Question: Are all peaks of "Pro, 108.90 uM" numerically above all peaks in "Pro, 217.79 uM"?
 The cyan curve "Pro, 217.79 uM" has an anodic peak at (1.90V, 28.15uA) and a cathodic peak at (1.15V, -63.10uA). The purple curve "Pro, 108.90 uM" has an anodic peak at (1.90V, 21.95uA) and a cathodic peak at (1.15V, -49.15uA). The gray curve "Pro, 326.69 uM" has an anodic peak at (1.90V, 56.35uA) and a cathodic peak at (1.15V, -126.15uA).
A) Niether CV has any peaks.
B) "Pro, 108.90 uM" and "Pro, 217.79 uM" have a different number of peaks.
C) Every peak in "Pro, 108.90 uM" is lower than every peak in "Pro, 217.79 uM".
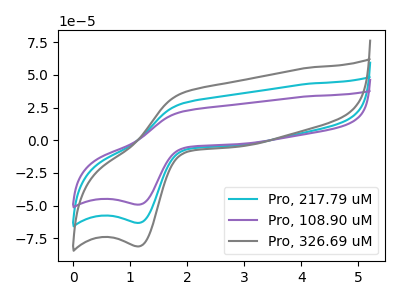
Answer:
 <answer>C) Every peak in "Pro, 108.90 uM" is lower than every peak in "Pro, 217.79 uM".</answer>
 <eval>C</eval>